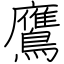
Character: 鷹